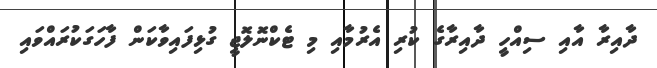
ދާއިރާ އާއި ސިއްހީ ދާއިރާގެ ކުރި އެރުމާއި މި ޓެކްނޮލޮޖީ ގުޅިފައިވާކަން ފާހަގަކުރައްވައި